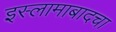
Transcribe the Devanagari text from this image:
इस्लामाबादचा